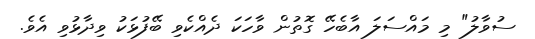
ސުވާލު" މި މައްސަލަ އާބެހޭ ގޮތުން ވާހަކަ ދެއްކެވި ބޭފުޅަކު ވިދާޅުވި އެވެ.